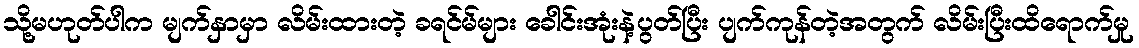
သို့မဟုတ်ပါက မျက်နှာမှာ လိမ်းထားတဲ့ ခရင်မ်များ ခေါင်းအုံးနဲ့ပွတ်ပြီး ပျက်ကုန်တဲ့အတွက် လိမ်းပြီးထိရောက်မှု